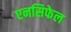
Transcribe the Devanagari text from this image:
एनसिफेल